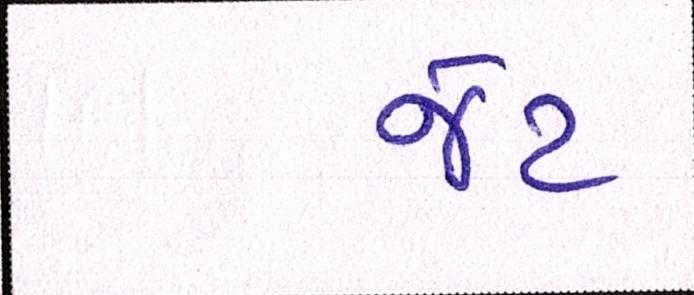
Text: જેટ